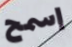
إسمح